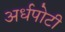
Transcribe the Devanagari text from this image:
अर्धपोटी